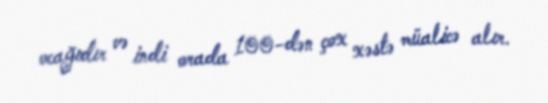
ocağıdır və indi orada 100-dən çox xəstə müalicə alır.